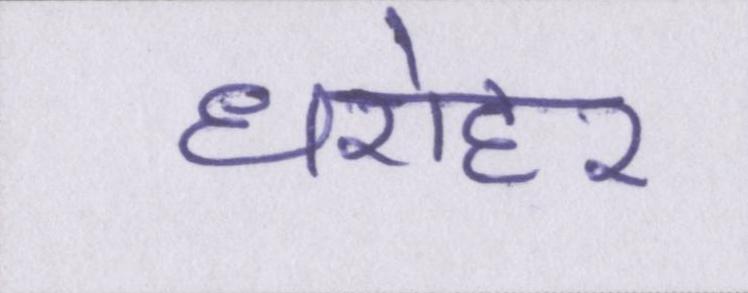
धरोहर